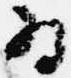
為